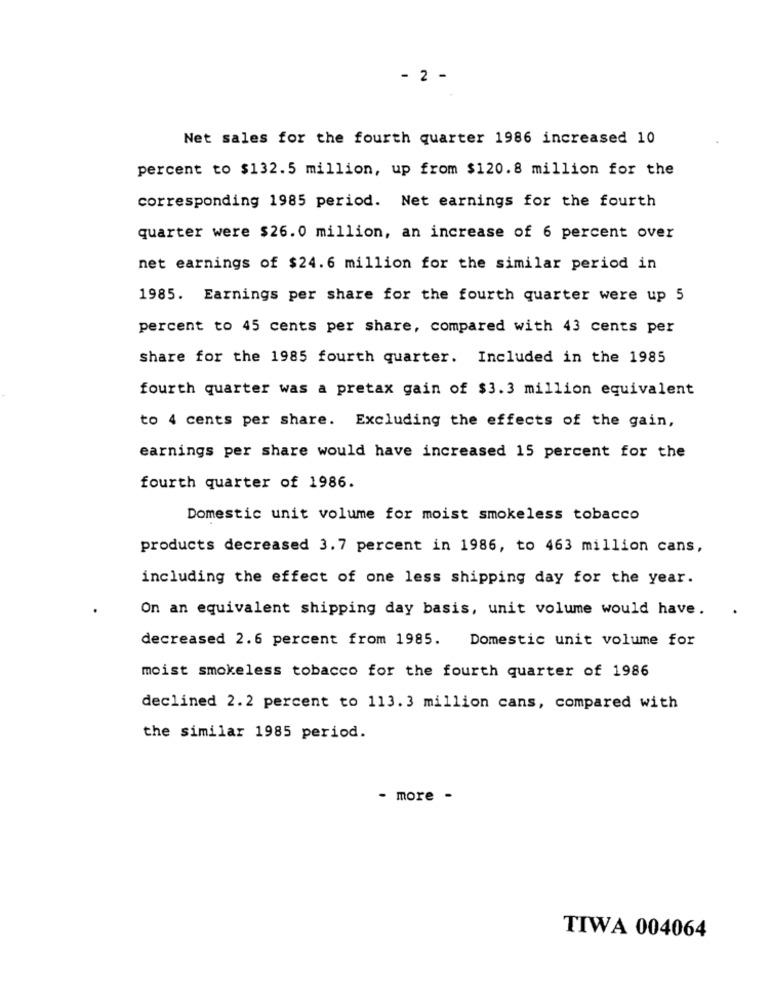
- 2 -
Net sales for the fourth quarter 1986 increased 10
percent to $132.5 million, up from $120.8 million for the
corresponding 1985 period. Net earnings for the fourth
quarter were $26.0 million, an increase of 6 percent over
net earnings of $24.6 million for the similar period in
1985. Earnings per share for the fourth quarter were up 5
percent to 45 cents per share, compared with 43 cents per
share for the 1985 fourth quarter. Included in the 1985
fourth quarter was a pretax gain of $3.3 million equivalent
to 4 cents per share. Excluding the effects of the gain,
earnings per share would have increased 15 percent for the
fourth quarter of 1986.
Domestic unit volume for moist smokeless tobacco
products decreased 3.7 percent in 1986, to 463 million cans,
including the effect of one less shipping day for the year.
On an equivalent shipping day basis, unit volume would have.
decreased 2.6 percent from 1985.
Domestic unit volume for
moist smokeless tobacco for the fourth quarter of 1986
declined 2.2 percent to 113.3 million cans, compared with
the similar 1985 period.
- more -
TIWA 004064